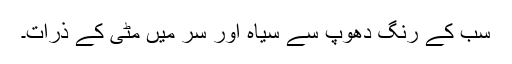
سب کے رنگ دھوپ سے سیاہ اور سر میں مٹی کے ذرات۔